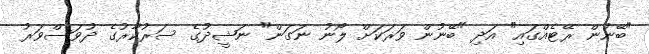
"ބޭނުން ރޭޓެއްގައި" އަދި "ބޭނުން ވަރަކަށް ލޯނު ނަގަން" ނަޝީދުގެ ސަރުކާރުގެ ދުވަސްވަރު